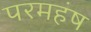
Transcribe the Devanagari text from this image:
परमहंष